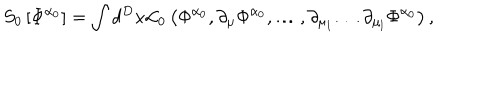
S _ { 0 } \left[ \Phi ^ { \alpha _ { 0 } } \right] = \int d ^ { D } x { \cal L } _ { 0 } \left( \Phi ^ { \alpha _ { 0 } } , \partial _ { \mu } \Phi ^ { \alpha _ { 0 } } , \ldots , \partial _ { \mu _ { 1 } } \ldots \partial _ { \mu _ { l } } \Phi ^ { \alpha _ { 0 } } \right) ,